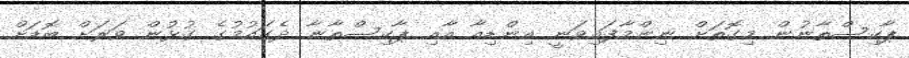
ޕާކިސްތާނުން މިގޮތަށް ނިންމާފައިވަނީ އިންޑިއާ އާއި ޕާކިސްތާނާ ދެގައުމުގެ ގުޅުން ވަރަށް ބޮޑަށް